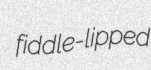
fiddle-lipped